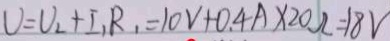
U = U _ { 2 } + I _ { 1 } R _ { 1 } = 1 0 V + 0 . 4 A \times 2 0 \Omega = 1 8 V